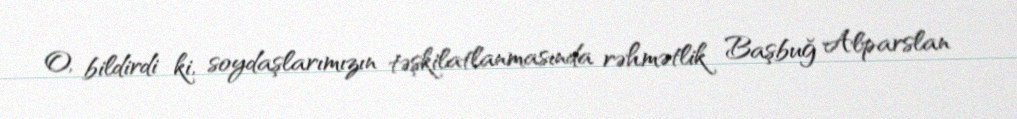
O, bildirdi ki, soydaşlarımızın təşkilatlanmasında rəhmətlik Başbuğ Alparslan